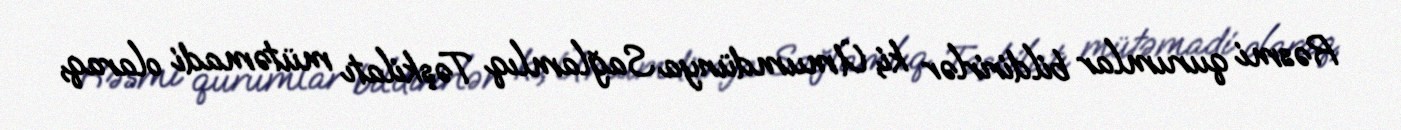
Rəsmi qurumlar bildirirlər ki, Ümumdünya Sağlamlıq Təşkilatı mütəmadi olaraq,